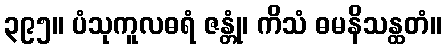
၃၉၅။ ပံသုကူလဓရံ ဇန္တုံ၊ ကိသံ ဓမနိသန္ထတံ။